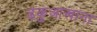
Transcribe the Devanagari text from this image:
ढकुआखाना